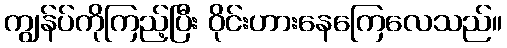
ကျွန်ပ်ကိုကြည့်ပြီး ဝိုင်းဟားနေကြေလေသည်။